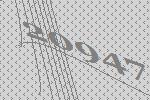
20947